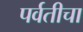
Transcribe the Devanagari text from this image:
पर्वतीचा